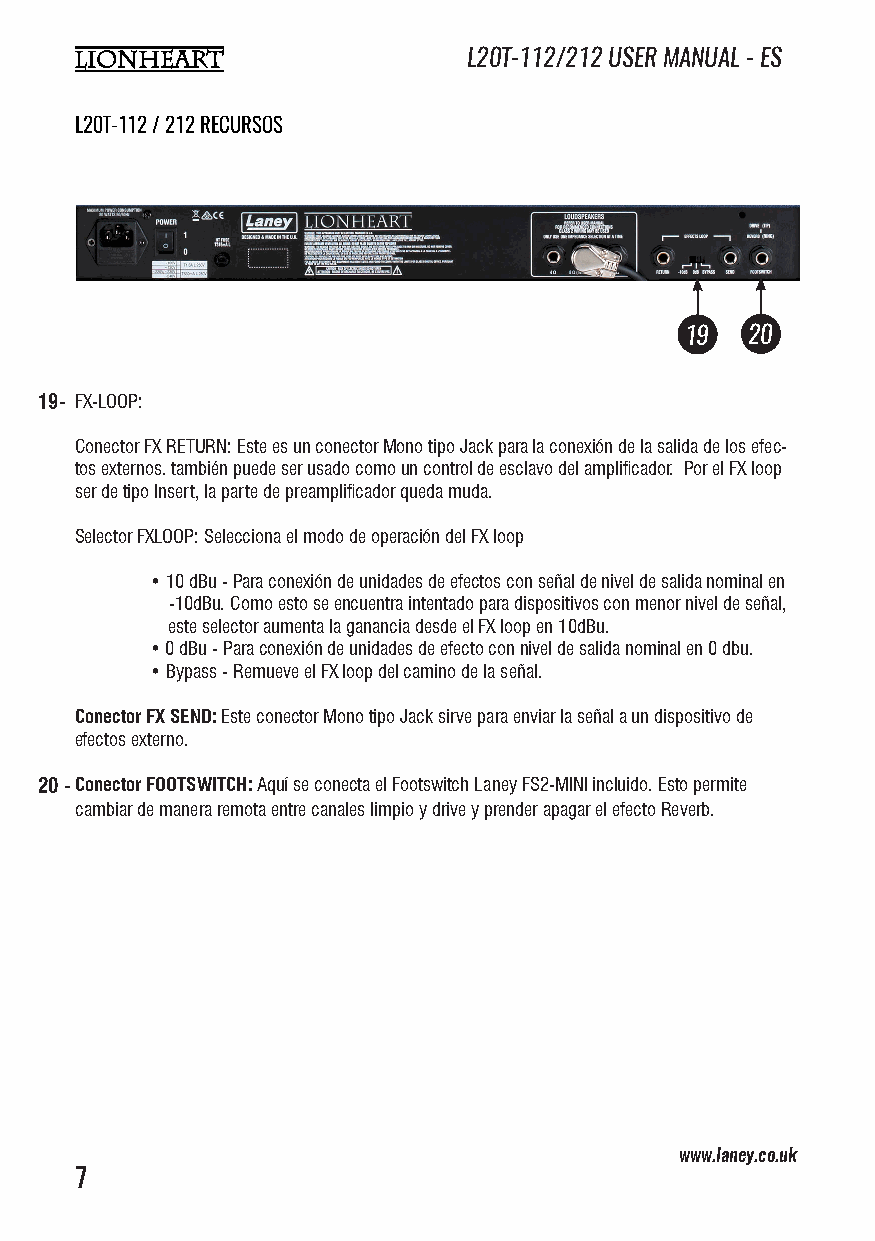
L20T-112/212 USER MANUAL - ES
 L20T-112 / 212 RECURSOS
 19  20
 19- FX-LOOP:
 Conector FX RETURN: Este es un conector Mono tipo Jack para la conexión de la salida de los efec-
 tos externos. también puede ser usado como un control de esclavo del amplificador. Por el FX loop
 ser de tipo Insert, la parte de preamplificador queda muda.
 Selector FXLOOP: Selecciona el modo de operación del FX loop
 • 10 dBu - Para conexión de unidades de efectos con señal de nivel de salida nominal en
 -10dBu. Como esto se encuentra intentado para dispositivos con menor nivel de señal,
 este selector aumenta la ganancia desde el FX loop en 10dBu.
 • 0 dBu - Para conexión de unidades de efecto con nivel de salida nominal en 0 dbu.
 • Bypass - Remueve el FX loop del camino de la señal.
 Conector FX SEND: Este conector Mono tipo Jack sirve para enviar la señal a un dispositivo de
 efectos externo.
 20 -Conector FOOTSWITCH: Aquí se conecta el Footswitch Laney FS2-MINI incluido. Esto permite
 cambiar de manera remota entre canales limpio y drive y prender apagar el efecto Reverb.
 www.laney.co.uk                              www.laney.co.uk
 7